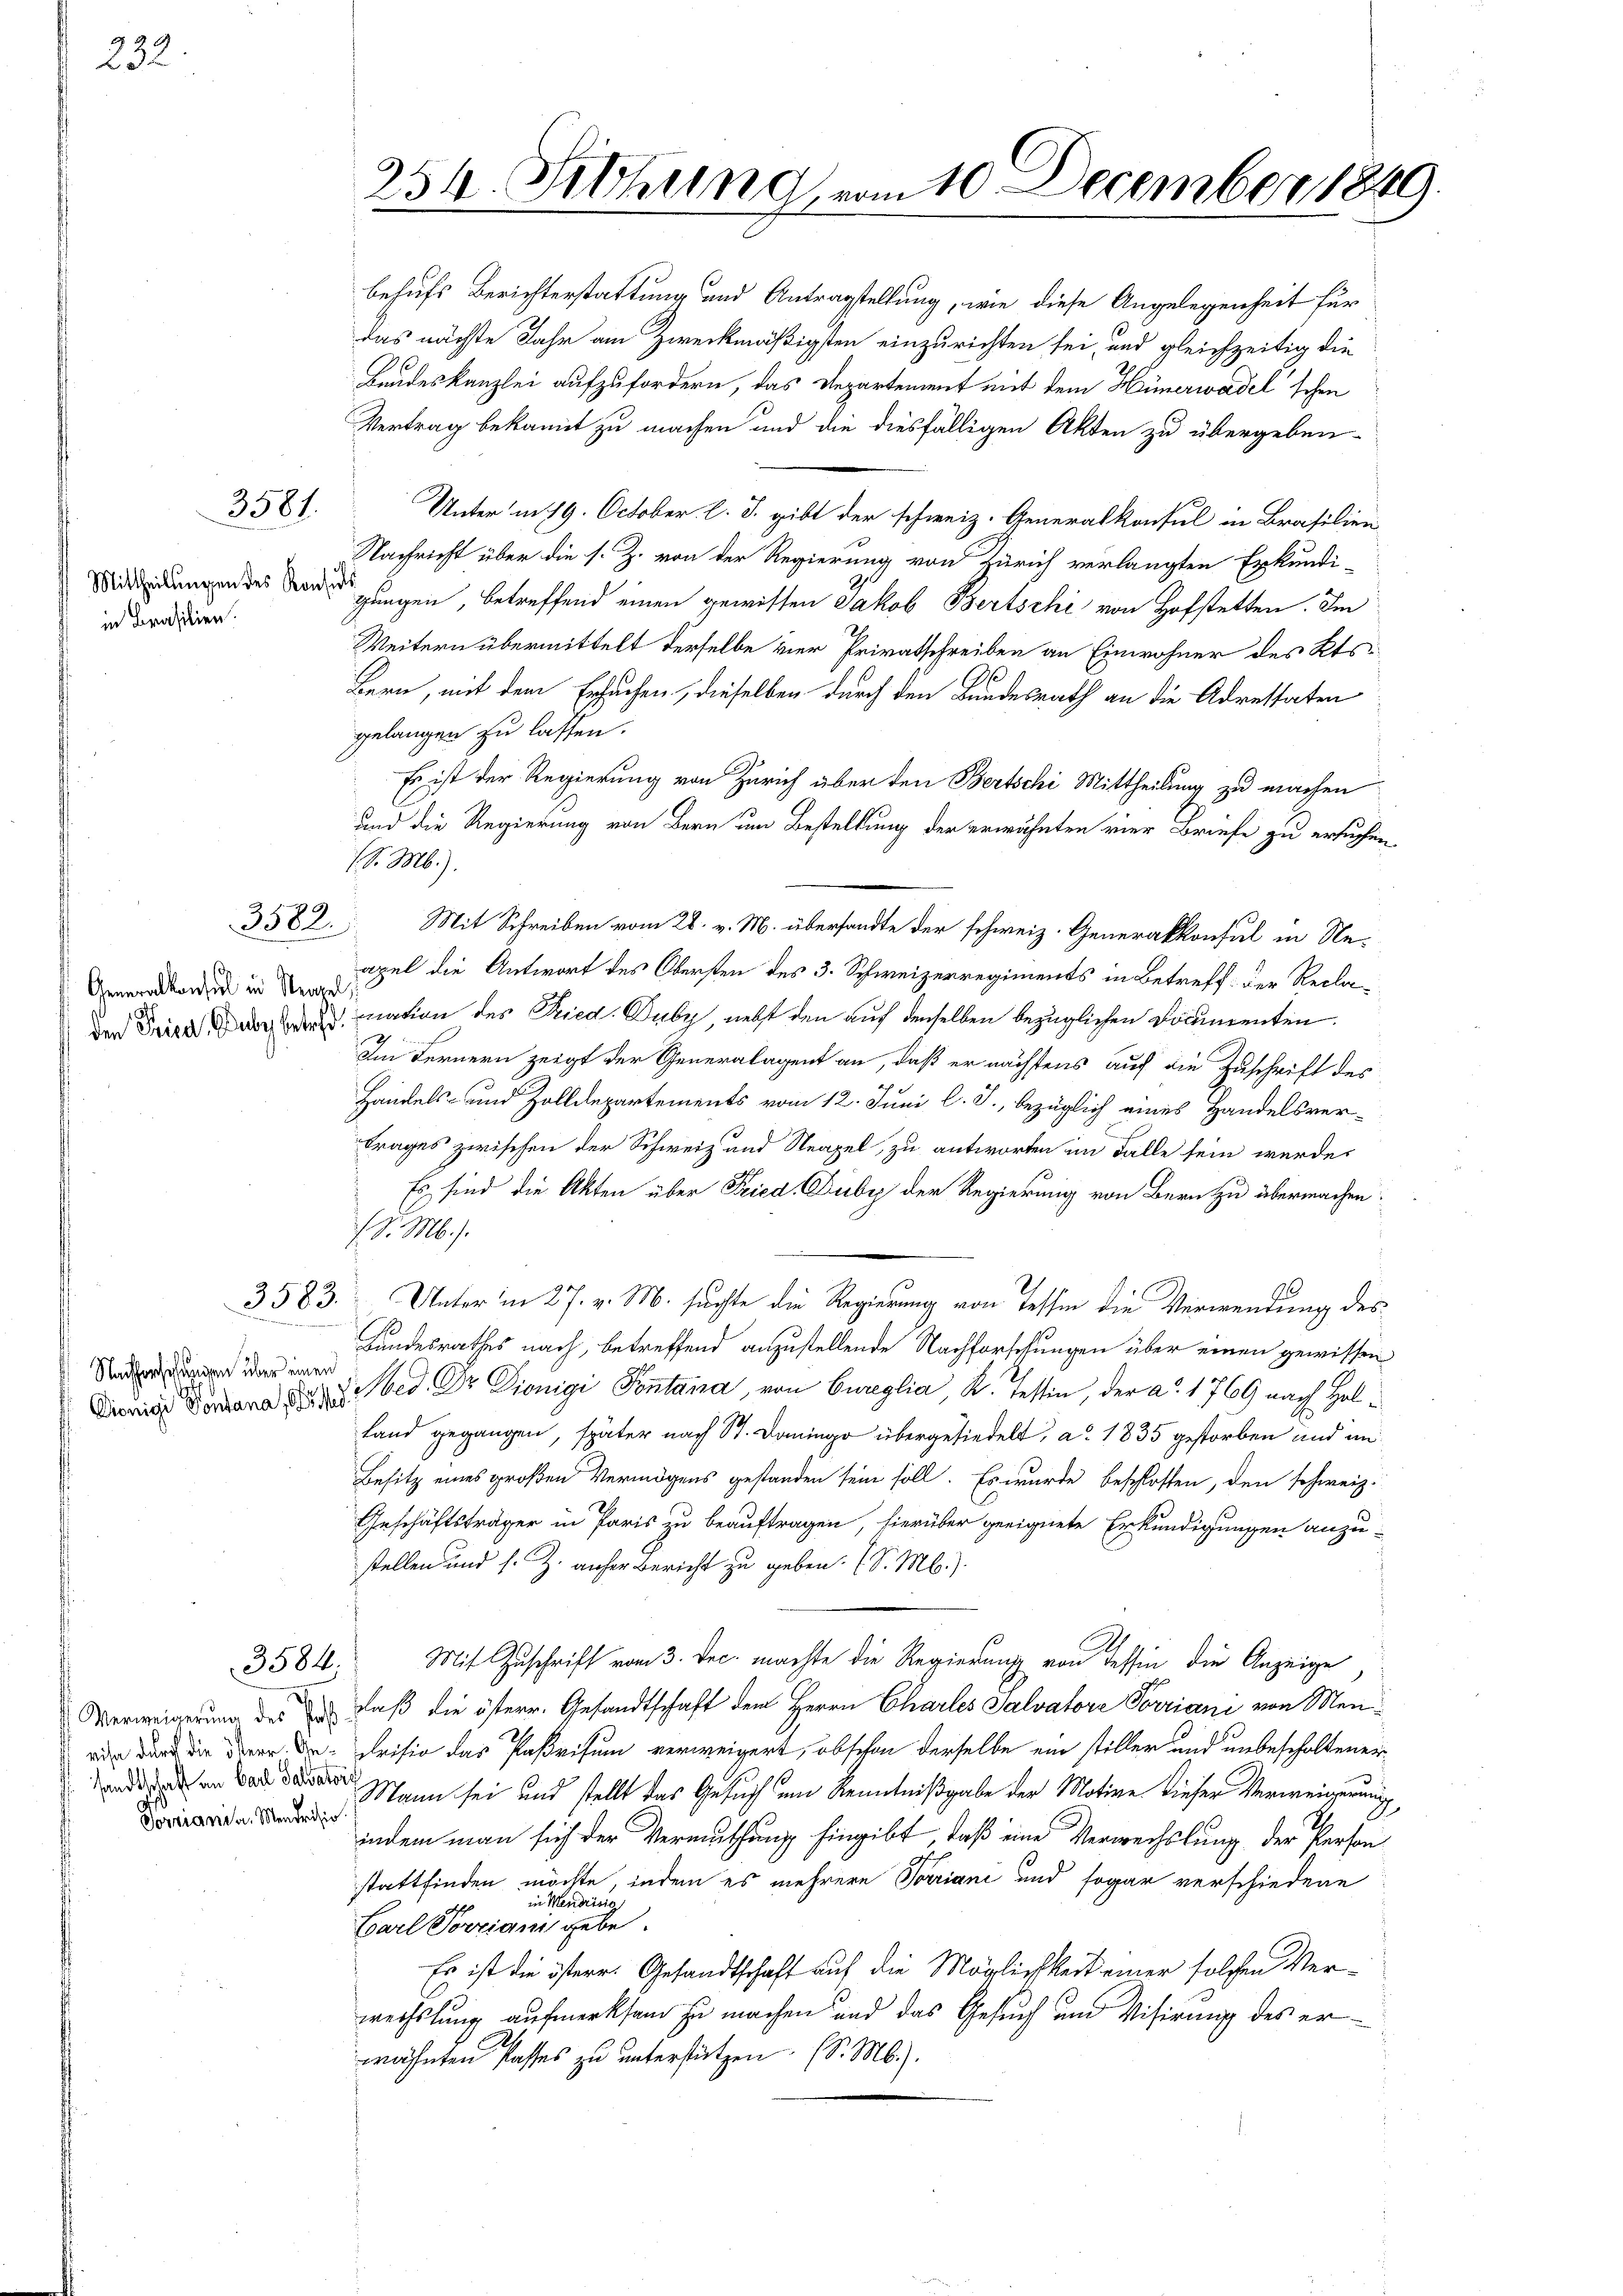
232

in Brasilien.

Generalkonsul in Sternel

3581.

3582.

Nachforschungen über einen

Poviania. Mendrisio

3584.

behufs Berichterstattung und Antragstellung, wie diese Angelegenheit für
das nächste Jahr am Zweckmäßigsten einzurichten sei, und gleichzeitig die
Bandeskanzlei aufzufordern, das Departement mit dem Hünerwadel schen
Vertrag bekannt zu machen und die diesfälligen Akten zu übergeben
Unter in 19. October l. J. gibt der schweiz. Generalkonsul in Brasilien-
Nachricht über die s. Z. von der Regierung von Zürich verlangten Erkundi-
 legen, betreffend einen gewissen Jakob Bertschi von Hofstetten. Im
Weitern übermittelt derselbe vier Privatschreiben an Einwohner des Kts.
Bern, mit dem Ersuchen, dieselben durch den Bundesrath an die Adressaten
gelangen zu lassen.
Es ist der Regierung von Zürich über den Bertschi Mittheilung zu machen
und die Regierung von Bern um Bestellung der erwähnten vier Briefe zu ersuchen,
(S. M.).
Mit Schreiben vom 22. v. M. übersandte der schweiz. Generakkonsul in Neapel die Antwort des Obersten des 3. Schweizerregiments in Betreff der Reclader Friedenen mation des Ried. Duby, nebst den auf denselben bezüglichen Documenten.
2
Im Fernern zeigt der Generalagent an, daß er nächstens auf die Zuschrift des
Handels- und Zolldepartements vom 12. Juni l. J., bezüglich eines Handelsvertrages zwischen der Schweiz und Neapel, zu antworten im Falle sein werde,
Es sind die Akten über Fried. Duby der Regierung von Bern zu übermachen.
(S. M.).
3583. Unter in 27. v. M. suchte die Regierung von Tessin die Verwendung des
Landesrathes nach, betreffend anzustellende Nachforschungen über einen gewissen
Dich den Med. Dr. Dionigi Pontana, von Cureglia, K. Tessin, der a. 1769 nach Hol¬
Land gegangen, später nach St. Domingo übergesiedelt, a. 1835 gestorben und un¬
Besitz eines großen Vermögens gestanden sein soll. Es wurde beschlossen, den schweiz.
Geschäftsträger in Paris zu beauftragen, hierüber geeignete Erkundigungen anzu-
stellen und s. Z. anher Bericht zu geben. (S. M.)
Mit Zuschrift vom 3. Dec. machte die Regierung von Tessin die Anzeige
Verweigerung des er daß die österr. Gesandtschaft dem Herrn Charles Salvatore Perriani von Men¬
 dard die daran da. Beisio das Paßrisum verweigert, obschon derselbe ein stiller und unbescholtener
nd in den Mann sei und stellt das Gesuch um Kenntnißgabe der Motive dieser Verweigerung
indem man sich der Vermuthung hingibt, daß eine Verwechslung der Person
stattfinden möchte, indem es mehrere Vorriani und sogar verschiedene
in Mendrisie
Carl Porziani gebe.
Es ist die österr. Gesandtschaft auf die Möglichkeit einer solchen Verwechslung aufmerksam zu machen und das Gesuch und Visirung des erwähnten Passes zu unterstützen (S. M.).

254. Siehung, vom 10. December 1849.